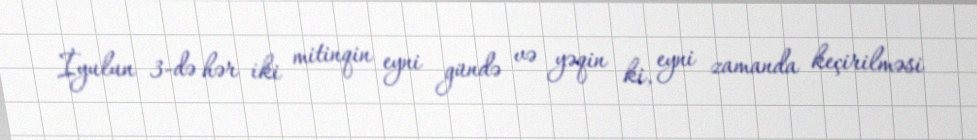
İyulun 3-də hər iki mitinqin eyni gündə və yəqin ki, eyni zamanda keçirilməsi